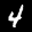
Label: 4